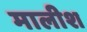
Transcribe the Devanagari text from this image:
मालीश